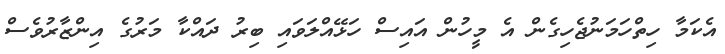
އެކަމާ ހިތްހަމަނުޖެހިގެން އެ މީހުން އައިސް ހަޅޭއްލަވައި ބިރު ދައްކާ މަރުގެ އިންޒާރުވެސް